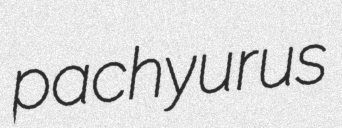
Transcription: pachyurus